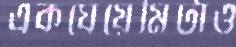
একঘেয়েমিটাও